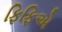
ફિફિએ